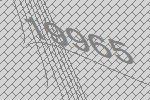
19965